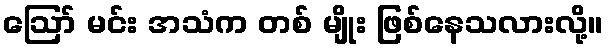
ဪ မင်း အသံက တစ် မျိုး ဖြစ်နေသလားလို့။